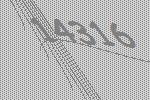
14316